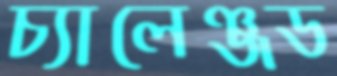
চ্যালেঞ্জড